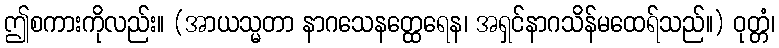
ဤစကားကိုလည်း။ (အာယသ္မတာ နာဂသေနတ္ထေရေန၊ အရှင်နာဂသိန်မထေရ်သည်။) ဝုတ္တံ၊